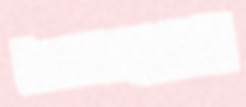
ঋণপত্রগুলোর